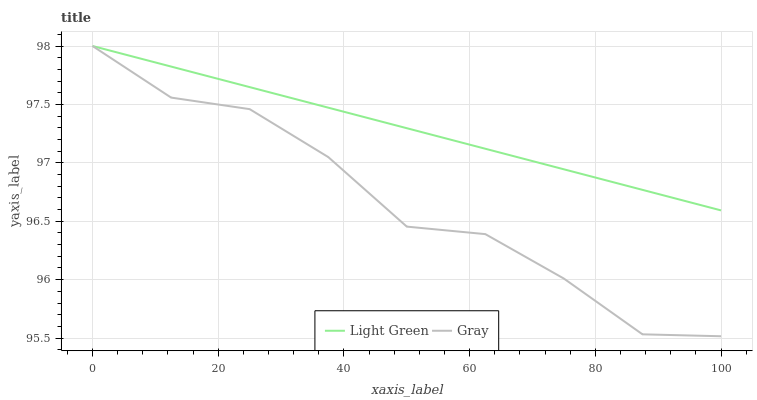
| xaxis_label | Light Green | Gray |
 | --- | --- | --- |
 | 0 | 98 | 98 |
 | 12.5 | 97.8 | 97.6 |
 | 25 | 97.6 | 97.5 |
 | 37.5 | 97.5 | 97 |
 | 50 | 97.3 | 96.5 |
 | 62.5 | 97.1 | 96.4 |
 | 75 | 96.9 | 96 |
 | 87.5 | 96.8 | 95.5 |
 | 100 | 96.6 | 95.5 |